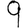
Digit: 9